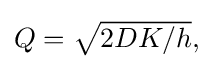
{\textstyle Q={\sqrt {2DK/h}},}